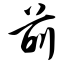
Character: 前